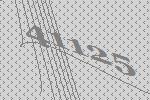
41125